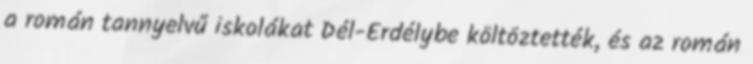
a román tannyelvű iskolákat Dél-Erdélybe költöztették, és az román